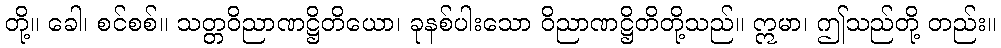
တို့။ ခေါ၊ စင်စစ်။ သတ္တဝိညာဏဋ္ဌိတိယော၊ ခုနစ်ပါးသော ဝိညာဏဋ္ဌိတိတို့သည်။ ဣမာ၊ ဤသည်တို့ တည်း။